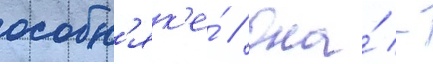
особн'як'е́ // Она́ -